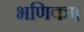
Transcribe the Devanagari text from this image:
भणिका।